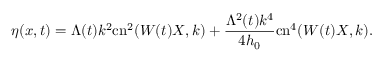
\eta ( x , t ) = \Lambda ( t ) k ^ { 2 } \mathrm { c n } ^ { 2 } ( W ( t ) X , k ) + \frac { \Lambda ^ { 2 } ( t ) k ^ { 4 } } { 4 h _ { 0 } } \mathrm { c n } ^ { 4 } ( W ( t ) X , k ) .